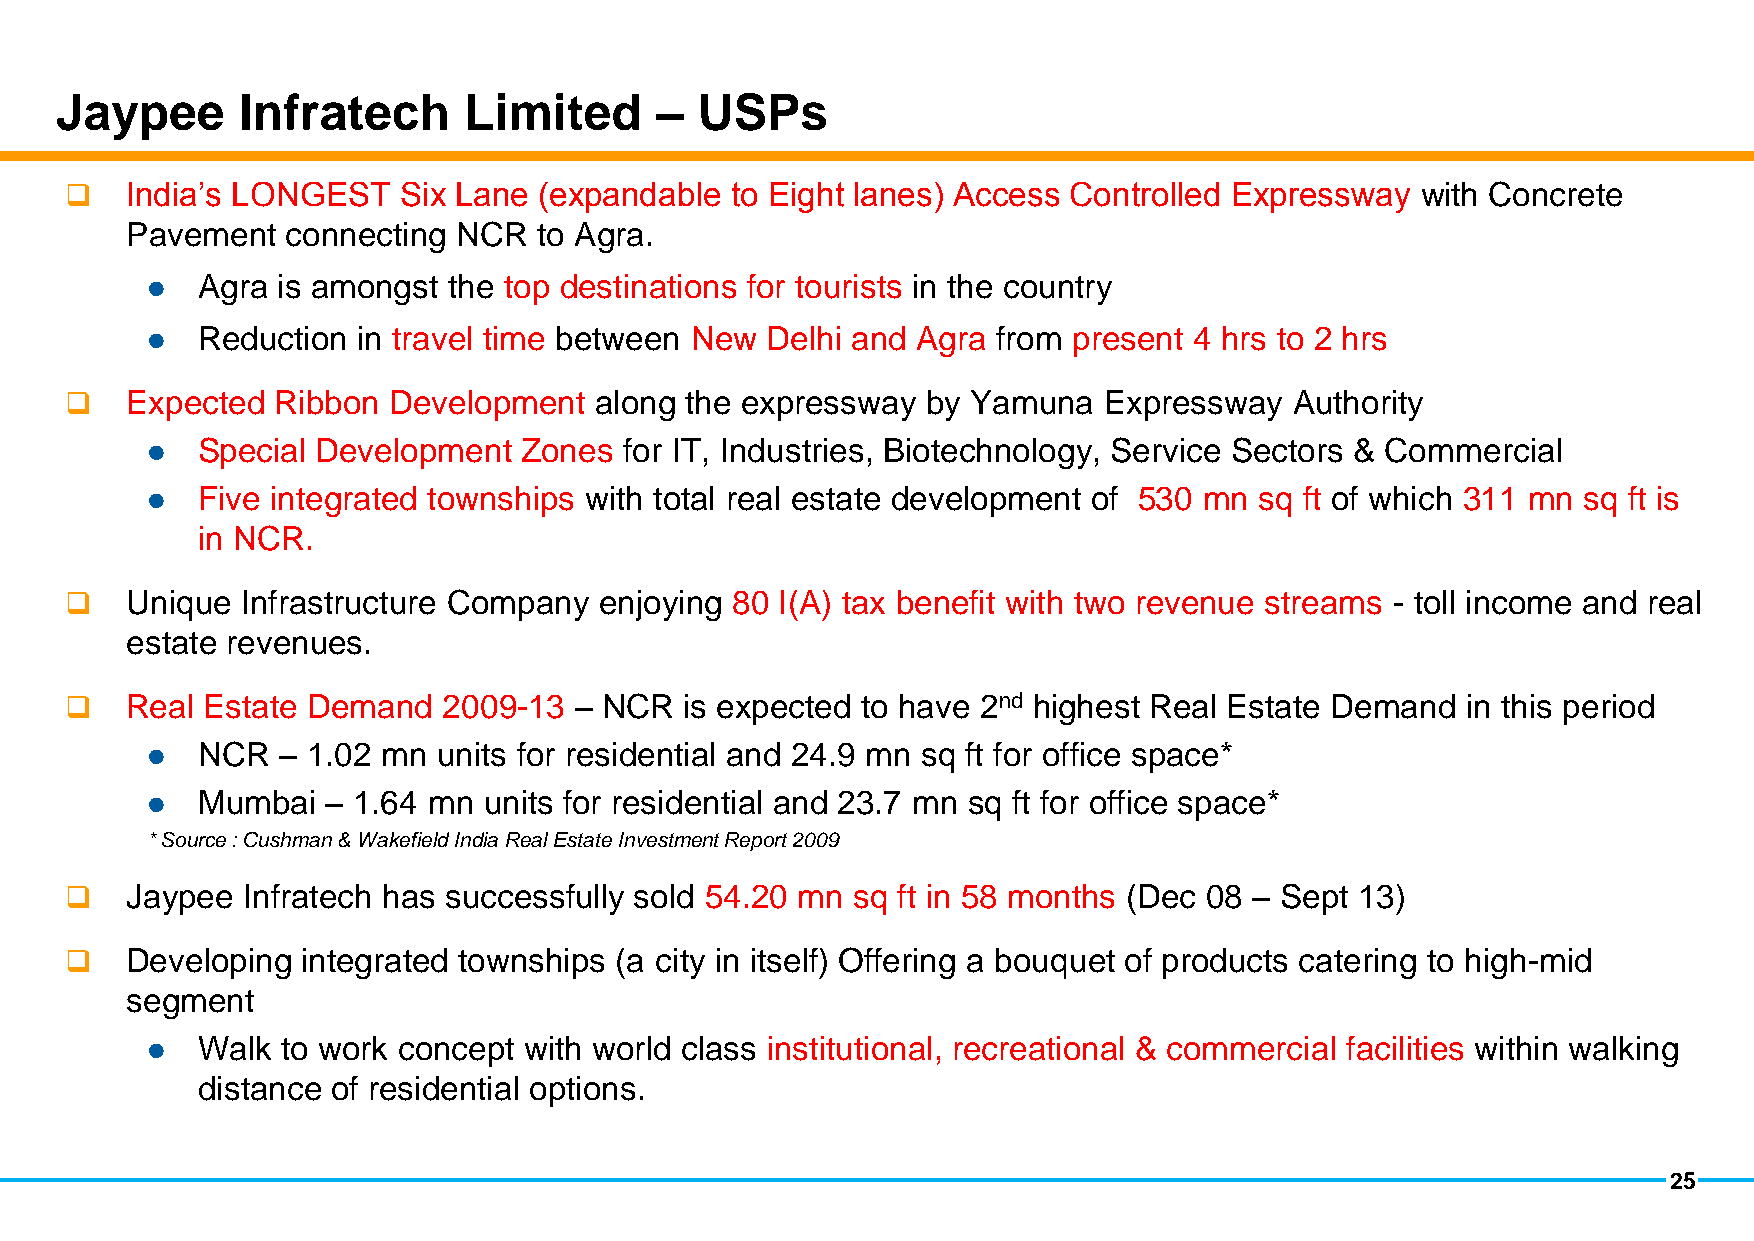
Jaypee      Infratech      Limited     –  USPs
    India’s LONGEST   Six Lane  (expandable to Eight lanes) Access Controlled Expressway  with Concrete
 Pavement   connecting NCR   to Agra.
 Agra is amongst  the top destinations for tourists in the country
 
 Reduction  in travel time between New Delhi and Agra from present 4 hrs to 2 hrs
 
    Expected  Ribbon  Development  along the expressway  by Yamuna   Expressway   Authority
 Special Development   Zones for IT, Industries, Biotechnology, Service Sectors & Commercial
 
 Five integrated townships with total real estate development of 530 mn sq ft of which 311 mn sq ft is
 
 in NCR.
    Unique  Infrastructure Company  enjoying 80 I(A) tax benefit with two revenue streams - toll income and real
 estate revenues.
    Real Estate Demand   2009-13  – NCR  is expected to have 2nd highest Real Estate Demand  in this period
 NCR  – 1.02 mn  units for residential and 24.9 mn sq ft for office space*
 
 Mumbai   – 1.64 mn units for residential and 23.7 mn sq ft for office space*
 
 * Source : Cushman & Wakefield India Real Estate Investment Report 2009
    Jaypee  Infratech has successfully sold 54.20 mn sq ft in 58 months (Dec 08 – Sept 13)
    Developing  integrated townships (a city in itself) Offering a bouquet of products catering to high-mid
 segment
 Walk  to work concept with world class institutional, recreational & commercial facilities within walking
 
 distance of residential options.
 25